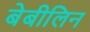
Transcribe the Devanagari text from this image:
बेबीलिन